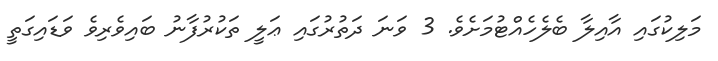
މަލިކުގައި އާއިލާ ބެލެހެއްޓުމަށެވެ. 3 ވަނަ ދަތުރުގައި ޢަލީ ތަކުރުފާނު ބައިވެރިވެ ވަޑައިގަތީ